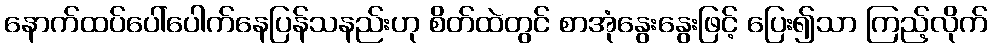
နောက်ထပ်ပေါ်ပေါက်နေပြန်သနည်းဟု စိတ်ထဲတွင် စာအုံနွေးနွေးဖြင့် ပြေး၍သာ ကြည့်လိုက်